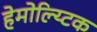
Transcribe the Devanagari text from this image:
हेमोल्य्टिक